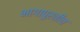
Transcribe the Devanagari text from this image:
भागापुरतीच